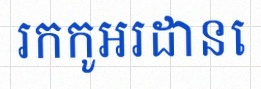
រកកូអរដោនេ